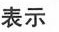
表示